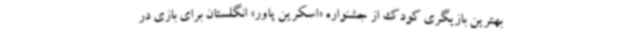
بهترین بازیگری کودک از جشنواره «اسکرین پاور» انگلستان برای بازی در